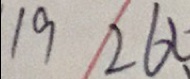
1 9 2 6